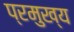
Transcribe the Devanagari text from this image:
प्रमुख्‍य